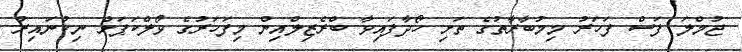
ޖުމްލަ ފަސް ފަހަރު މިމުބާރާތުގެ ތަށި ހޯދާފައިވާ ބްރެޒިލްއިން މިފަހަރުގެ ވޯލްކަޕަށް ނިކުނައިރު